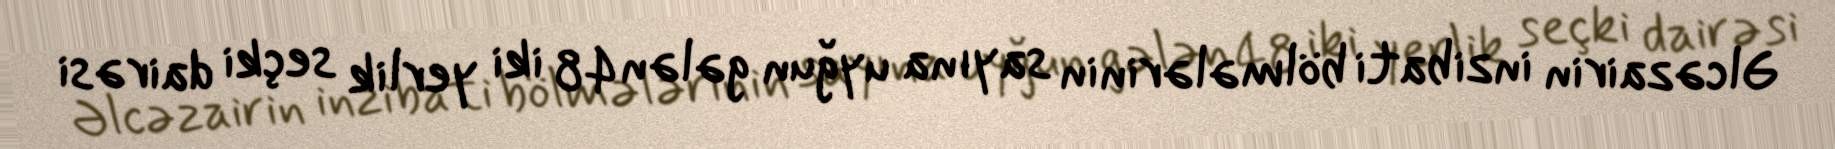
Əlcəzairin inzibati bölmələrinin sayına uyğun gələn 48 iki yerlik seçki dairəsi